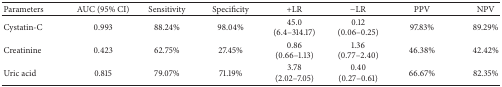
<table><thead><tr><td><b>Parameters</b></td><td><b>AUC (95% CI)</b></td><td><b>Sensitivity</b></td><td><b>Specificity</b></td><td><b>+LR</b></td><td><b>−LR</b></td><td><b>PPV</b></td><td><b>NPV</b></td></tr></thead><tbody><tr><td>Cystatin-C</td><td>0.993</td><td>88.24%</td><td>98.04%</td><td>45.0(6.4–314.17)</td><td>0.12(0.06–0.25)</td><td>97.83%</td><td>89.29%</td></tr><tr><td>Creatinine</td><td>0.423</td><td>62.75%</td><td>27.45%</td><td>0.86(0.66–1.13)</td><td>1.36(0.77–2.40)</td><td>46.38%</td><td>42.42%</td></tr><tr><td>Uric acid</td><td>0.815</td><td>79.07%</td><td>71.19%</td><td>3.78(2.02–7.05)</td><td>0.40(0.27–0.61)</td><td>66.67%</td><td>82.35%</td></tr></tbody></table>